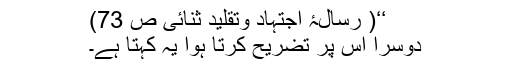
‘‘( رسالۂ اجتہاد وتقلید ثنائی ص 73)
دوسرا اس پر تضریح کرتا ہوا یہ کہتا ہے۔